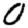
Digit: 0